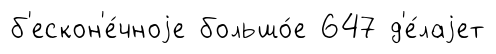
б'ескон'е́чноjе большо́е 647 д'е́лаjет